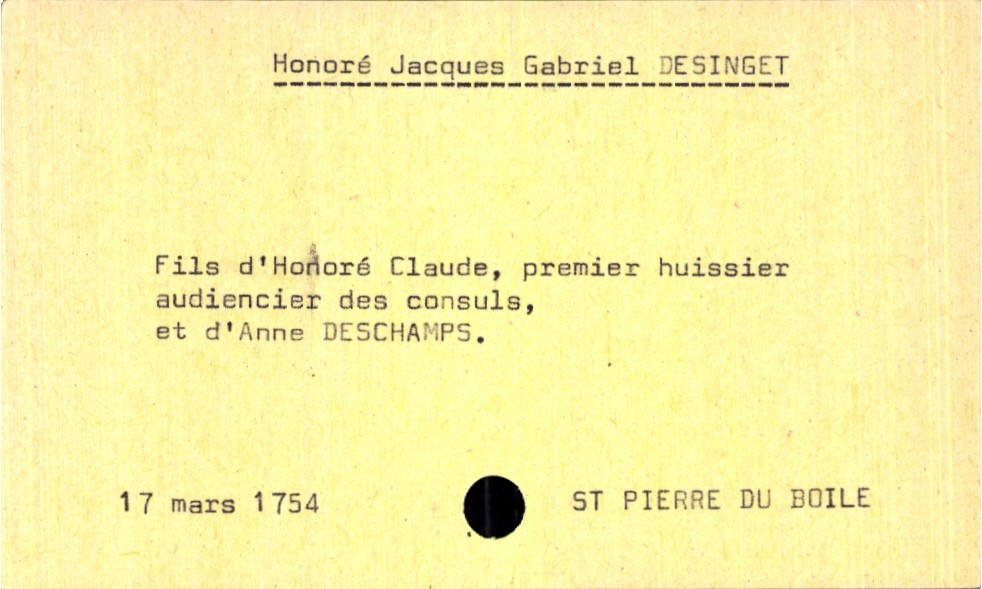
type_acte: Baptême
filiation: fils
enfant_prénom: Honoré Jacques Gabriel
enfant_date_de_naissance: 17 mars 1754
enfant_lieu_de_naissance: Saint Pierre du Boile
père_enfant_nom: Desinget
père_enfant_prénom: Honoré Claude
père_enfant_profession: premier huissier audiencier des consuls
mère_enfant_nom: Deschamps
mère_enfant_prénom: Anne